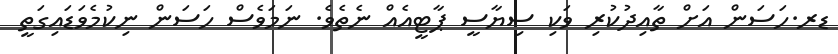
ޑރ.ހަސަން އަށް ތާއިދުކުރި ވަކި ސިޔާސީ ޕާޓީއެއް ނެތެވެ. ނަމަވެސް ހަސަން ނިކުމެވަޑައިގަތީ